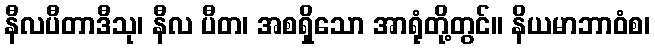
နီလပီတာဒီသု၊ နီလ ပီတ၊ အစရှိသော အာရုံတို့တွင်။ နိယမာဘာဝံစ၊